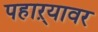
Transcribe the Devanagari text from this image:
पहाऱ्यावर